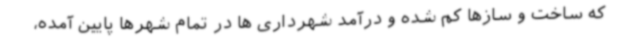
که ساخت و سازها کم شده و درآمد شهرداری ها در تمام شهرها پایین آمده،